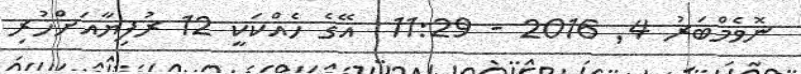
ނޮވެމްބަރު 4